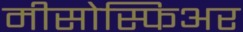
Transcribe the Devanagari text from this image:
मीसोस्फिअर